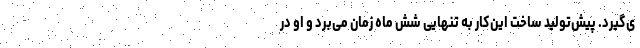
ی‌گیرد. پیش‌تولید ساخت این‌کار به تنهایی شش ماه زمان می‌برد و او در